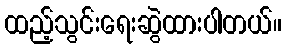
ထည့်သွင်းရေးဆွဲထားပါတယ်။